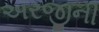
અરજીની